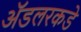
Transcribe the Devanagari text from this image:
ॲडलरकडे